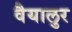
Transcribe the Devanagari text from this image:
वैयालुर